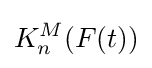
K_{n}^{M}(F(t))